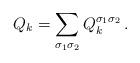
LaTeX: \begin{align*}Q_k = \sum_{\sigma_1 \sigma_2} Q_k^{\sigma_1 \sigma_2}\,.\end{align*}